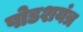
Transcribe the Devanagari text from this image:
षोडशयंत्र